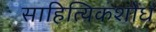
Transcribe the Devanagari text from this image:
साहित्यिकशोध